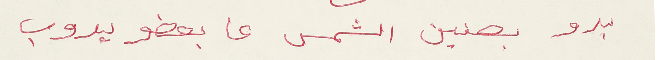
بدو بصنين الشمس عا بعضو يدوب